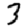
Digit: 3